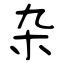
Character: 杂